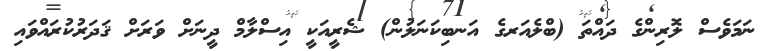
ނަމަވެސް ލޮރިންގެ ދައްތަ (ބްލެއަރގެ އަނބިކަނަލުން) ޝެރީއަކީ އިސްލާމް ދީނަށް ވަރަށް ޤަދަރުކުރައްވައި